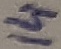
Text: 14